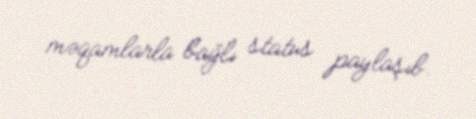
məqamlarla bağlı status paylaşıb.